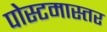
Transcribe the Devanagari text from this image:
पोस्टमास्तर